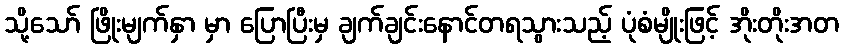
သို့သော် ဖြိုးမျက်နှာ မှာ ပြောပြီးမှ ချက်ချင်းနောင်တရသွားသည့် ပုံစံမျိုးဖြင့် အိုးတိုးအတ